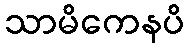
သာမိကေနပိ